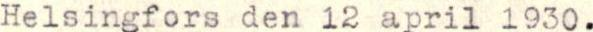
Helsingfors den 12 april 1930.